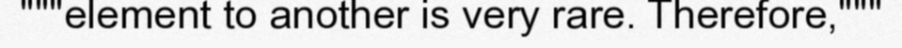
"""element to another is very rare. Therefore,"""